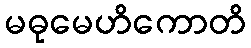
မဓုမေဟိကောတိ